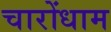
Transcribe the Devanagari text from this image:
चारोंधाम